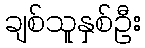
ချစ်သူနှစ်ဦး